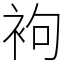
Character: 袧